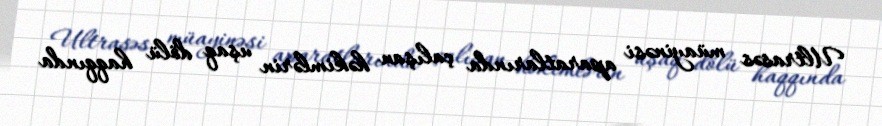
Ultrasəs müayinəsi aparatlarında çalışan həkimlərin uşaq dölü haqqında